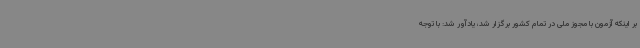
بر اینکه آزمون با مجوز ملی در تمام کشور برگزار شد، یادآور شد: با توجه